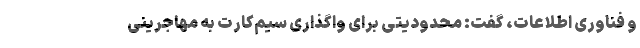
و فناوری اطلاعات، گفت: محدودیتی برای واگذاری سیم‌کارت به مهاجرینی